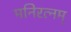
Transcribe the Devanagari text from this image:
मनिरत्नम्‌